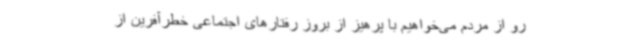
رو از مردم می‌خواهیم با پرهیز از بروز رفتارهای اجتماعی خطرآفرین از